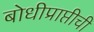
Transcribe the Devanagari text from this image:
बोधीप्राप्तीची